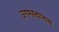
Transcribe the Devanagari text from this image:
उगमस्थानास